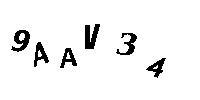
9AAV34